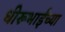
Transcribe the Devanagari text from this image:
धीरूभाईंच्या